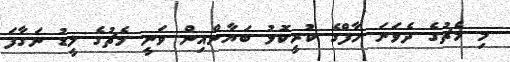
މި މެޗުގެ ދެވަނަ ހާފްގެ ކުރީކޮޅު ބަޔާންއިން ވަނީ މެޗުގެ ލީޑު ނަގާފަ